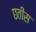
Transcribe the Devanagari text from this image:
छतीस